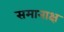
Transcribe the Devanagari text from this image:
समानाक्ष